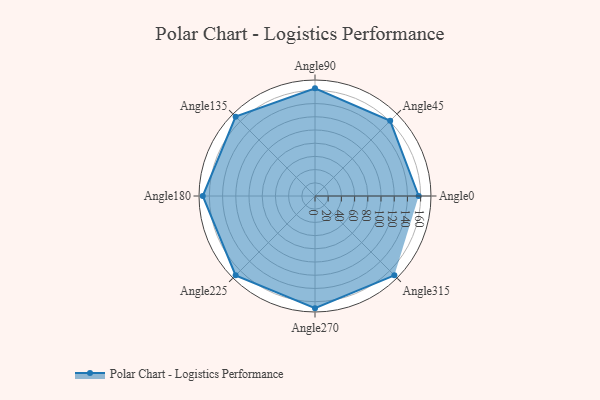
{"axis": {"x": "Angle", "y": "Radius"}, "legend": [""], "data": [{"x": "Angle0", "y": 157.0, "type": ""}, {"x": "Angle45", "y": 161.0, "type": ""}, {"x": "Angle90", "y": 163.0, "type": ""}, {"x": "Angle135", "y": 170.0, "type": ""}, {"x": "Angle180", "y": 170.0, "type": ""}, {"x": "Angle225", "y": 170, "type": ""}, {"x": "Angle270", "y": 170, "type": ""}, {"x": "Angle315", "y": 170, "type": ""}]}